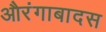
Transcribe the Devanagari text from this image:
औरंगाबादस